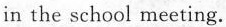
in the school meeting.